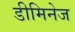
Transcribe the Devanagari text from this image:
डीमिनेज